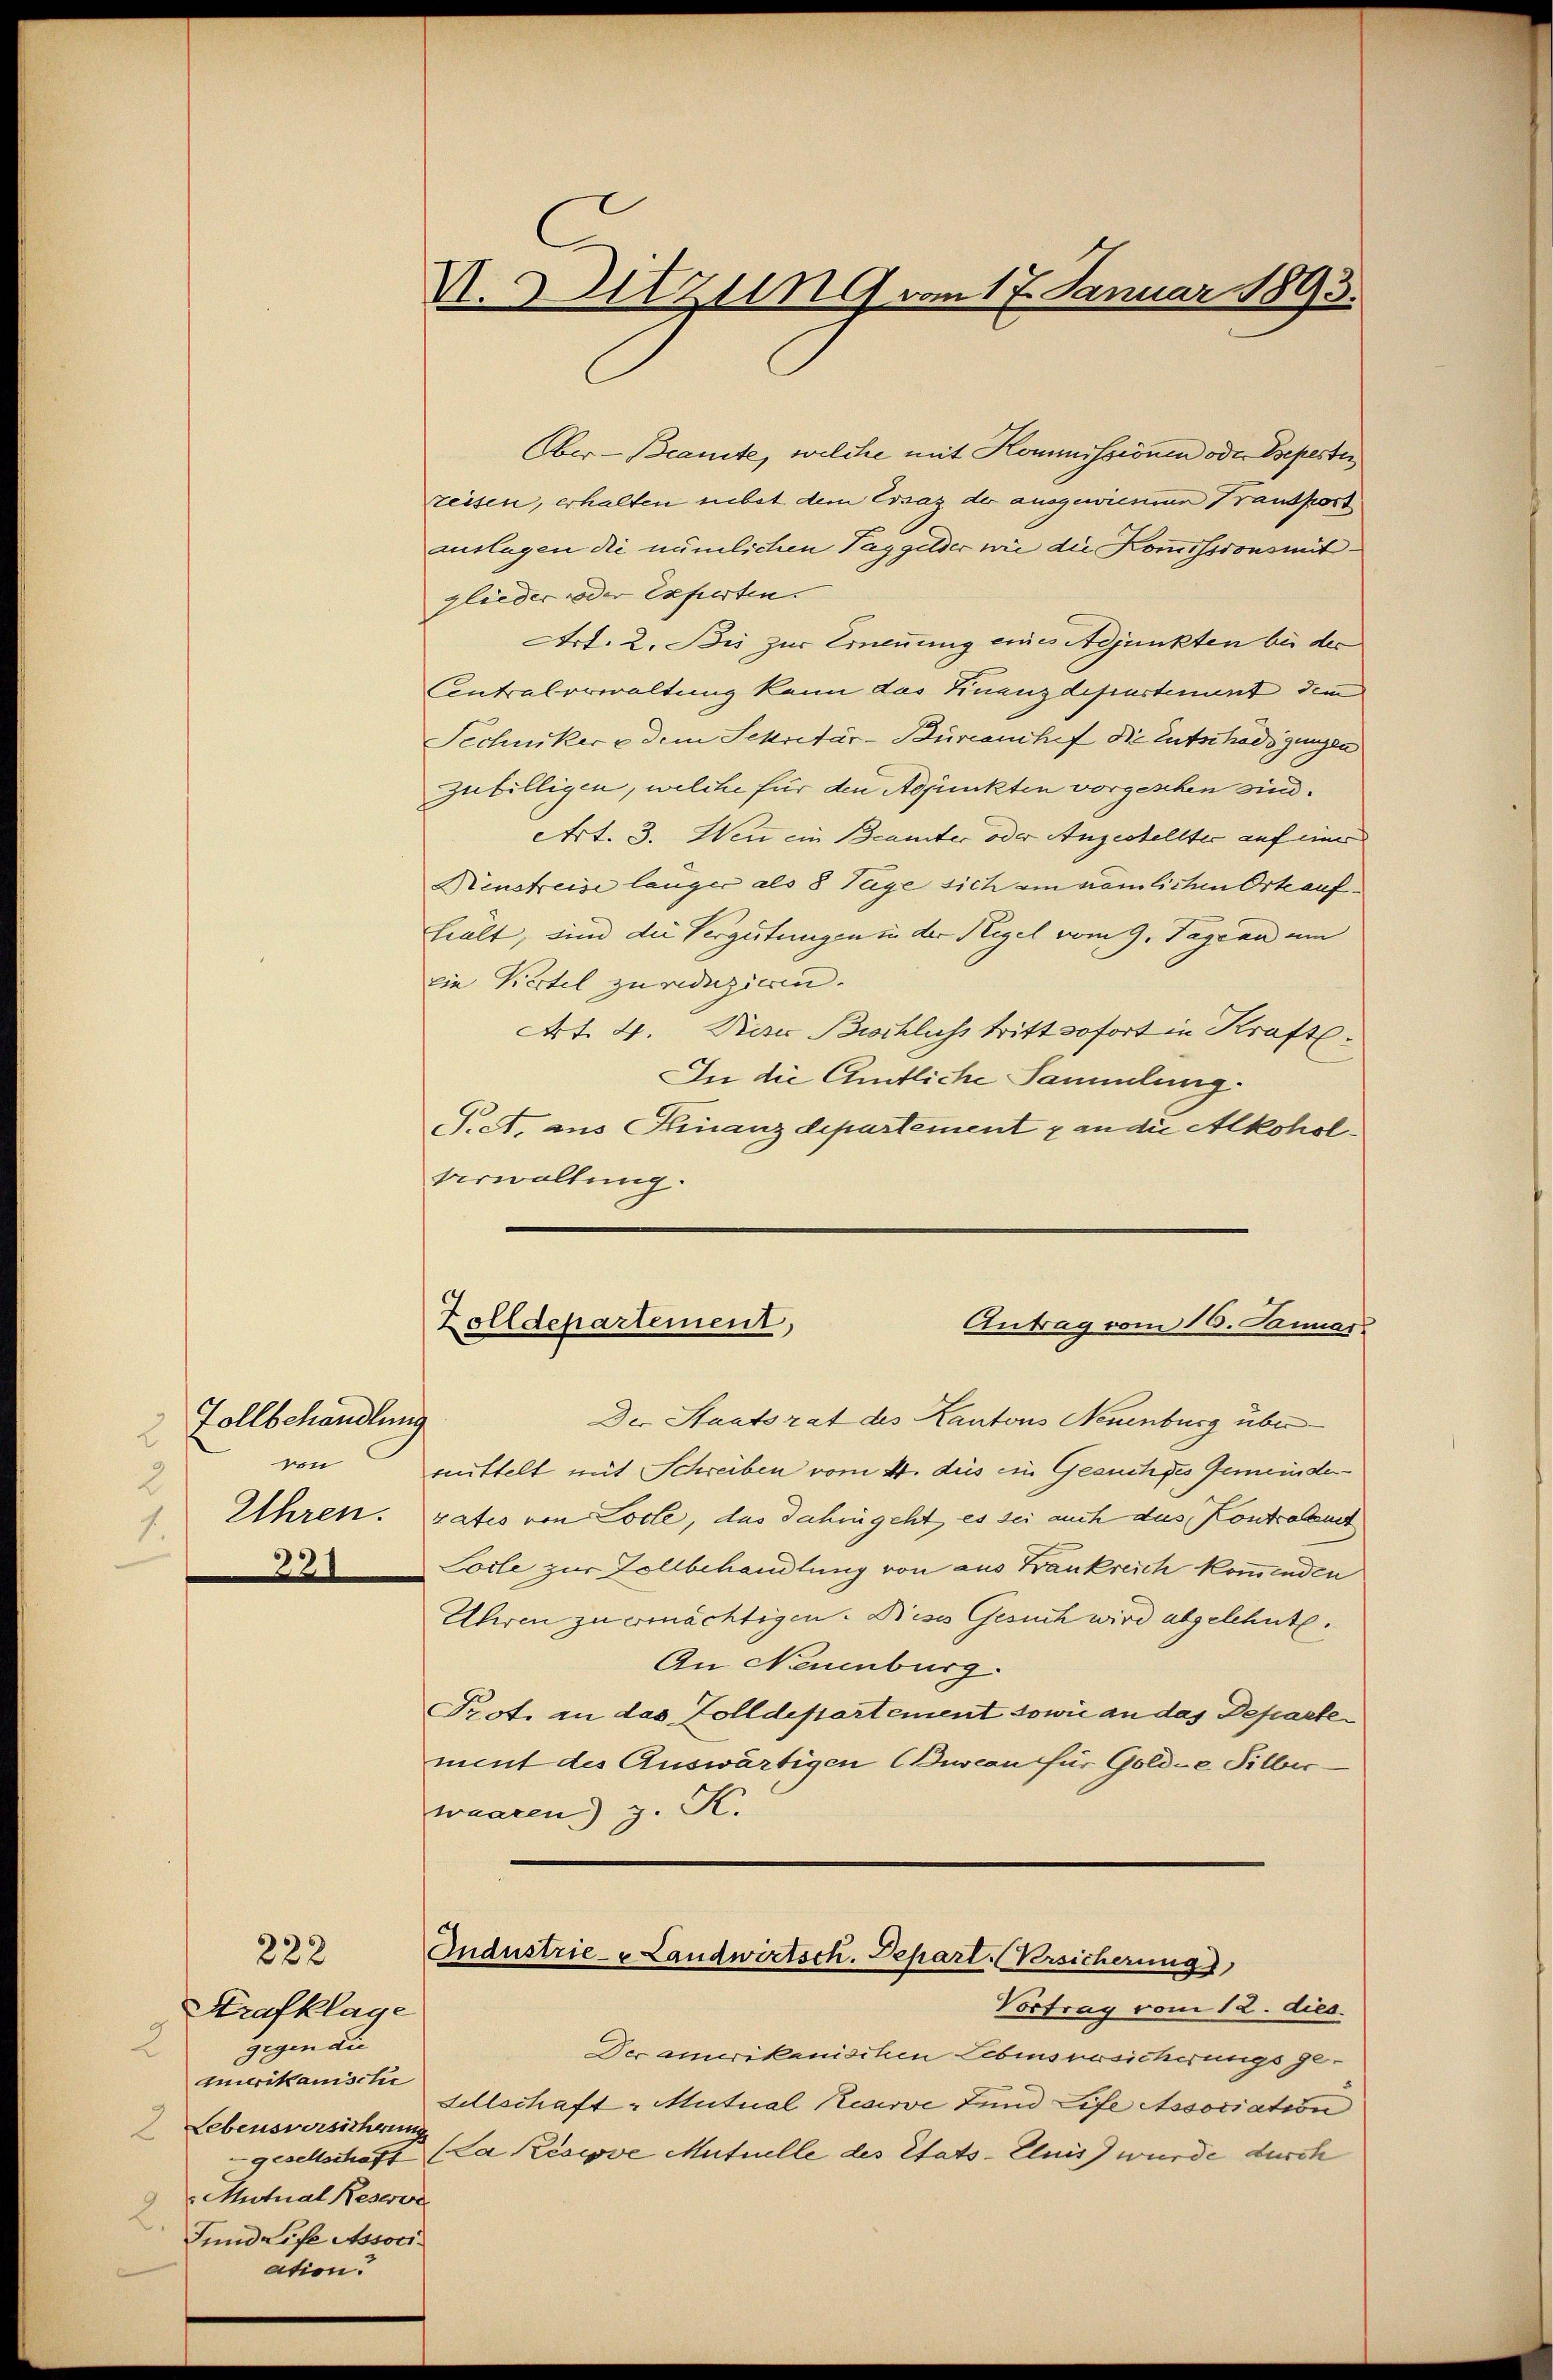
Zollbehandlung
2
von
2
Uhren.
1.
321

222

Strafklage
gigen di
2
Emerikanische
Lebensversicherung
Mutual Reswor
9
2.
Jund Life Associ
ation.

V. Sitzung vom 17. Januar 1893.

Ober-Beamte, welche mit Kommissionen oder Depester
reisen, erhalten nebst dem Essaz der ausgewiesenen Transport
auslagen die nämlichen Taggelder wie die Kommissionsmitglieder oder Experten.
Art. 2. Bis zur Ernennung eines Adjunkten bei der
Contralerwaltung kann das Finanzdepartement dem
Sechniker u dem Sekretär-Bürcanchef die Entschädigungen
zubilligen, welche für den Adjunkten vorgeschen sind.
Art. 3. Wen ein Beamter oder Angestellter auf einer
Minstreise länger als 8 Tage sich ein nämlichen Orte aufhält, sind die Vergütungen in der Regel vom 9. Tage an um
eie Kiertel zu reduzieren.
Art. 4. Die Bichlichs tritt sofort in Kraft¬
In die Amtliche Sammlung
S.A. aus Finanzdepartement & an die Alkohol¬
Verwaltung.
Zolldepartement,
Antrag vom 10. Januar.
Der Staatsrat des Kantons Neuenburg übermmittelt mit Schreiben vom 4. des ein Gesuch des Gemeinderrates von Lotte, das dahingeht, es sei auch das Kontralust
Loile zur Zollbehandlung von aus Frankreich kommenden
Uhren zu ermächtigen. Dieses Gesuch wird abgelehnte.
An Neuenburg.
Prot. an das Zolldepartement sowie an das Departement des Auswärtigen Duscan für Gold-e Silberwaaren) g. K.

Industrie- u Landwirtsch. Depart. Versicherung

Vortrag vom 12. dies
Der amerikanischen Lebensversicherungsge-
sellschaft - Mutual Keserve Lund Life Association
gesellschaft (La Zisive Mutuelle des Etats-Elnis) wurde durch